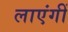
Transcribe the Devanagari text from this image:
लाएंगीं